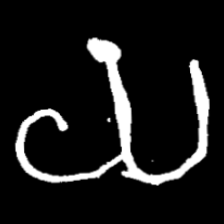
Pyu character \u2014 Myanmar letter: ယ (romanized: ya)